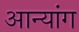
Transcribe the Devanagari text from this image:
आन्यांग